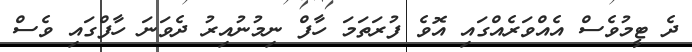
ދެ ޓީމުވެސް އެއްވަރެއްގައި އޮވެ ފުރަތަމަ ހާފް ނިމުނުއިރު ދެވަނަ ހާފްގައި ވެސް